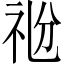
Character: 𥘶